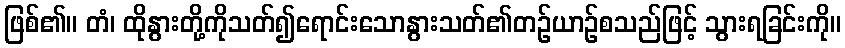
ဖြစ်၏။ တံ၊ ထိုနွားတို့ကိုသတ်၍ရောင်းသောနွားသတ်၏တဉ်ယာဉ်စသည်ဖြင့် သွားရခြင်းကို။